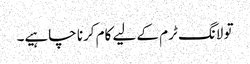
تو لانگ ٹرم کے لیے کام کرنا چاہیے۔